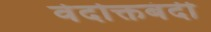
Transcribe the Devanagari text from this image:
वेदोक्तबंदी